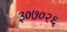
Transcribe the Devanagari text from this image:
३०७०२६